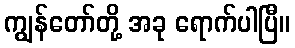
ကျွန်တော်တို့ အခု ရောက်ပါပြီ။